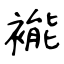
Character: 褦